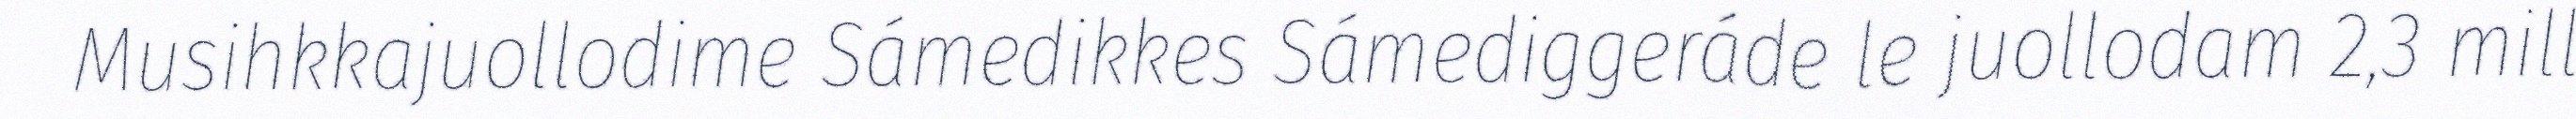
Musihkkajuollodime Sámedikkes Sámediggeráde le juollodam 2,3 mill